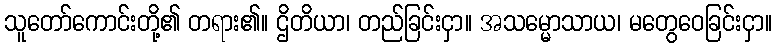
သူတော်ကောင်းတို့၏ တရား၏။ ဌိတိယာ၊ တည်ခြင်းငှာ။ အသမ္မောသာယ၊ မတွေဝေခြင်းငှာ။